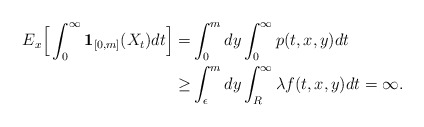
\begin{align*}E_x\Big [\int_{0}^{\infty}\mathbf{1}_{[0,m]}(X_t) dt\Big ]= &\int_{0}^{m} dy \int_{0}^{\infty} p(t,x,y) dt\\\ge & \int_{\epsilon}^{m} dy \int_{R}^{\infty} \lambda f(t,x,y)dt=\infty.\end{align*}